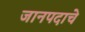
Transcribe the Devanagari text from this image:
जानपदाचे